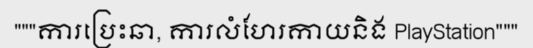
"""ការប្រេះឆា, ការលំហែរកាយនិង PlayStation"""